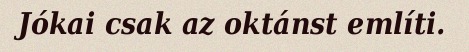
Jókai csak az oktánst említi.